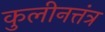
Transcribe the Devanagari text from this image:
कुलीनत्तंत्र